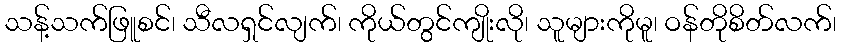
သန့်သက်ဖြူစင်၊ သီလရှင်လျက်၊ ကိုယ်တွင်ကျိုးလို၊ သူများကိုမူ၊ ဝန်တိုစိတ်လက်၊